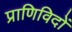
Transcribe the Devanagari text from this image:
प्राणिविदों